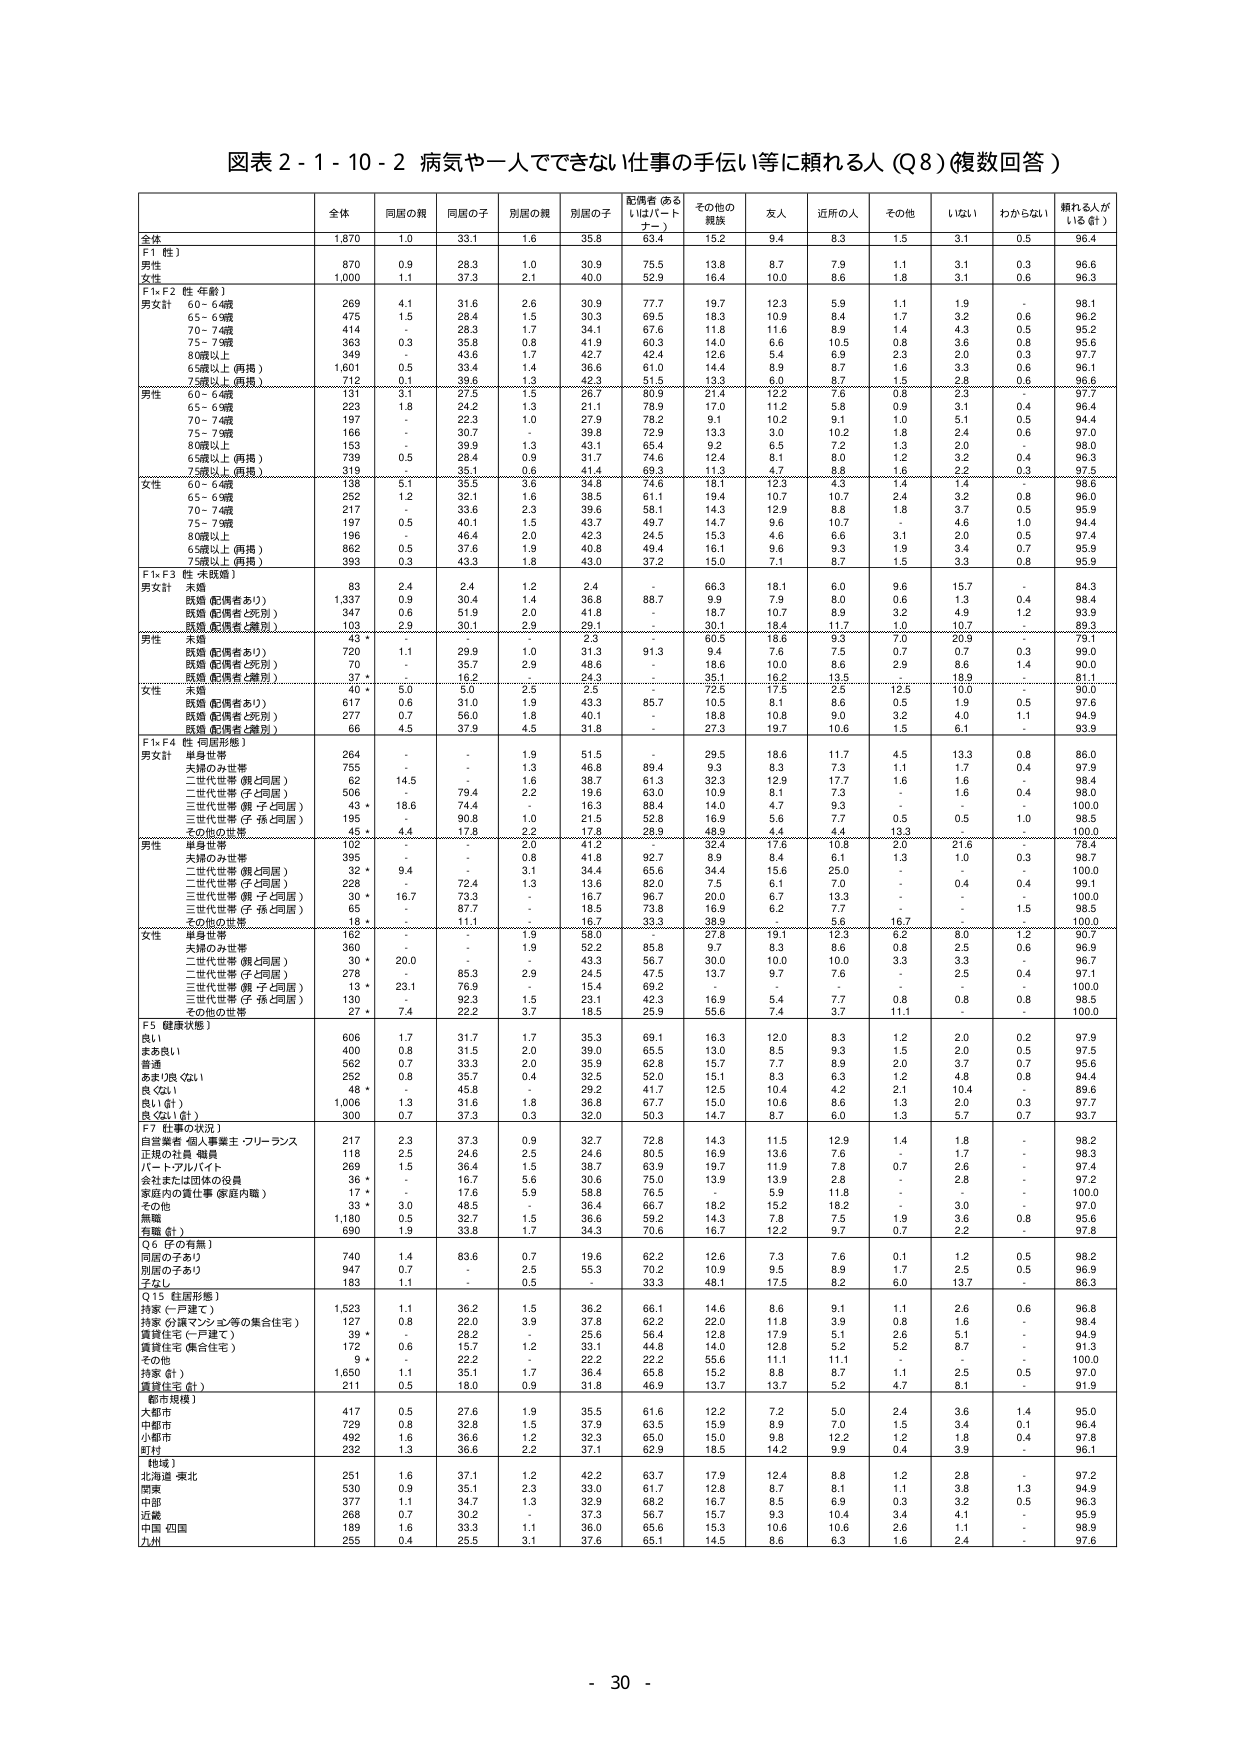
図表２-１-１０-２ 病気や一人でできない仕事の手伝い等に頼れる人（Ｑ８）（複数回答）

全体 同居の親 同居の子 別居の親 別居の子 配偶者（あるいはパートナー） その他の親族 友人 近所の人 その他 いない わからない 頼れる人がいる（合計）

全体 1,870 1.0 33.1 1.6 35.8 63.4 15.2 9.4 8.3 1.5 3.1 0.5 96.4

F1（性）
男性 870 0.9 28.3 1.0 30.9 75.5 13.8 8.7 7.9 1.1 3.1 0.3 96.6
女性 1,000 1.1 37.3 2.1 40.0 52.9 16.4 10.0 8.6 1.8 3.1 0.6 96.3

F1、F2（性・年齢）
男女性計
60～64歳 269 4.1 31.6 2.6 30.9 77.7 19.7 12.3 5.9 1.1 1.9 - 98.1
65～69歳 475 1.5 28.4 1.5 30.3 69.5 18.3 10.9 8.4 1.7 3.2 0.6 96.2
70～74歳 414 - 28.3 1.7 34.1 67.6 11.8 11.6 8.9 1.4 4.3 0.5 95.2
75～79歳 363 0.3 35.8 0.8 41.9 60.3 14.0 6.6 10.5 0.8 3.6 0.8 95.6
80歳以上 349 - 43.6 1.7 42.7 42.4 12.6 5.4 6.9 2.3 2.0 0.3 97.7
65歳以上（再掲） 1,601 0.5 33.4 1.4 36.6 61.0 14.4 8.9 8.7 1.6 3.3 0.6 96.1
75歳以上（再掲） 712 0.1 39.6 1.3 42.3 51.5 13.3 6.0 8.7 1.5 2.8 0.6 96.6

男性
60～64歳 121 3.1 27.5 1.5 26.7 80.9 21.4 12.2 7.6 0.8 2.3 - 97.7
65～69歳 223 1.8 24.2 1.3 21.1 78.9 17.0 11.2 5.8 0.9 3.1 0.4 96.4
70～74歳 197 - 22.3 1.0 27.9 78.2 9.1 10.2 9.1 1.0 5.1 0.5 94.4
75～79歳 166 - 30.7 - 39.8 72.9 13.3 3.0 10.2 1.8 2.4 0.6 97.0
80歳以上 153 - 39.9 1.3 43.1 65.4 9.2 7.2 1.3 2.0 - 98.0
65歳以上（再掲） 739 0.5 28.4 0.9 31.7 74.6 12.4 8.1 8.0 1.2 3.2 0.4 96.3
75歳以上（再掲） 319 - 35.1 0.6 41.4 69.3 11.3 4.7 8.8 1.6 2.2 0.3 97.5

女性
60～64歳 138 5.1 35.5 3.6 34.8 74.6 18.1 12.3 4.3 1.4 1.4 - 98.6
65～69歳 252 1.2 32.1 1.6 38.5 61.1 19.4 10.7 10.7 2.4 3.2 0.8 96.0
70～74歳 217 - 33.6 2.3 39.6 58.1 14.3 12.9 8.8 1.8 3.7 0.5 95.9
75～79歳 197 0.5 40.1 1.5 43.7 49.7 14.7 9.6 10.7 - 4.6 1.0 94.4
80歳以上 196 - 46.4 2.0 42.3 24.5 15.3 4.6 6.6 3.1 2.0 0.5 97.4
65歳以上（再掲） 862 0.5 37.6 1.9 40.8 49.4 16.1 9.6 9.3 1.9 3.4 0.7 95.9
75歳以上（再掲） 393 0.3 43.3 1.8 43.0 37.2 15.0 7.1 8.7 1.5 3.3 0.8 95.9

F1、F3（性・未就婚）
男女性計
未婚 83 2.4 2.4 1.2 2.4 - 66.3 18.1 6.0 9.6 15.7 - 84.3
既婚（配偶者あり） 1,337 0.9 30.4 1.4 36.8 88.7 9.9 7.9 8.0 0.6 1.3 0.4 98.4
既婚（配偶者と死別） 347 0.6 51.9 2.0 41.8 - 18.7 10.7 8.9 3.2 4.9 1.2 93.9
既婚（配偶者と離別） 103 2.9 30.1 2.9 29.1 - 30.1 18.4 11.7 1.0 10.7 - 89.3

男性
未婚 43 * - - - 2.3 - 60.5 18.6 9.3 7.0 20.9 - 79.1
既婚（配偶者あり） 720 1.1 29.9 1.0 31.3 91.3 9.4 7.5 7.5 0.7 0.7 0.3 99.0
既婚（配偶者と死別） 70 - 35.7 2.9 48.6 - 18.6 10.0 8.6 2.9 8.6 1.4 90.0
既婚（配偶者と離別） 37 * - 16.2 - 24.3 - 35.1 16.2 13.5 - 18.9 - 81.1

女性
未婚 40 * 5.0 5.0 2.5 2.5 - 72.5 17.5 2.5 12.5 10.0 - 90.0
既婚（配偶者あり） 617 0.6 31.0 1.9 43.3 85.7 10.5 8.1 8.6 0.5 1.9 0.5 97.6
既婚（配偶者と死別） 277 0.7 56.0 1.8 40.1 - 19.8 10.8 9.0 3.2 4.0 1.1 94.9
既婚（配偶者と離別） 66 4.5 37.9 4.5 31.8 - 27.3 19.7 10.6 1.5 6.1 - 93.9

F1、F4（性・同居形態）
男女性計
単身世帯 264 - - 1.9 51.5 - 29.5 18.6 11.7 4.5 13.3 0.8 86.0
夫婦のみ世帯 755 - - 1.3 46.8 89.4 9.3 8.3 7.3 1.1 1.7 0.4 97.9
二世代世帯（親と同居） 62 14.5 - 1.6 38.7 61.3 32.3 12.9 17.7 1.6 1.6 - 98.4
二世代世帯（子と同居） 506 - 79.4 2.2 19.6 63.0 10.9 8.1 7.3 - 1.6 0.4 98.0
三世代世帯（親・子と同居） 43 * 18.6 74.4 - 16.3 88.4 14.0 4.7 9.3 - - - 100.0
三世代世帯（子・孫と同居） 195 - 90.8 1.0 21.5 52.8 16.9 5.6 7.7 0.5 0.5 1.0 98.5
その他の世帯 45 * 4.4 17.8 2.2 17.8 28.9 48.9 4.4 4.4 13.3 - - 100.0

男性
単身世帯 102 - - 2.0 41.2 - 32.4 17.6 10.8 2.0 21.6 - 78.4
夫婦のみ世帯 395 - - 0.8 41.8 92.7 8.9 8.4 6.1 1.3 1.0 0.3 98.7
二世代世帯（親と同居） 32 * 9.4 - 3.1 34.4 65.6 34.4 15.6 25.0 - - - 100.0
二世代世帯（子と同居） 228 - 72.4 1.3 13.6 82.0 7.5 6.1 7.0 - 0.4 0.4 99.1
三世代世帯（親・子と同居） 30 * 16.7 73.3 - 16.7 96.7 20.0 6.7 13.3 - - - 100.0
三世代世帯（子・孫と同居） 65 - 87.7 - 18.5 73.8 16.9 6.2 7.7 - - 1.5 98.5
その他の世帯 18 * - 11.1 - 15.7 33.3 38.9 - 5.6 16.7 - - 100.0

女性
単身世帯 162 - - 1.9 58.0 - 27.8 19.1 12.3 6.2 8.0 1.2 90.7
夫婦のみ世帯 360 - - 1.9 52.2 85.8 9.7 8.3 8.6 0.8 2.5 0.6 96.9
二世代世帯（親と同居） 30 * 20.0 - - 43.3 56.7 30.0 10.0 10.0 3.3 3.3 - 96.7
二世代世帯（子と同居） 278 - 85.3 2.9 24.5 47.5 13.7 9.7 7.6 - 2.5 0.4 97.1
三世代世帯（親・子と同居） 13 * 23.1 76.9 - 15.4 69.2 - - - - - - 100.0
三世代世帯（子・孫と同居） 130 - 92.3 1.5 23.1 42.3 16.9 5.4 7.7 0.8 0.8 0.8 98.5
その他の世帯 27 * 7.4 22.2 3.7 18.5 25.9 55.6 7.4 3.7 11.1 - - 100.0

F5（健康状態）
良い 606 1.7 31.7 1.7 35.3 69.1 16.3 12.0 8.3 1.2 2.0 0.2 97.9
まあ良い 400 0.8 31.5 2.0 39.0 65.5 13.0 8.5 9.3 1.5 2.0 0.5 97.5
普通 552 0.7 33.3 2.0 35.9 62.8 15.7 7.7 8.9 2.0 3.7 0.7 95.6
あまり良くない 252 0.8 35.7 0.4 32.5 52.0 15.1 8.3 6.3 1.2 4.8 0.8 94.4
良くない 48 * - 45.8 - 29.2 41.7 12.5 10.4 4.2 2.1 10.4 - 89.6
良い（合計） 1,006 1.3 31.6 1.8 36.8 67.7 15.0 10.6 8.6 1.3 2.0 0.3 97.7
良くない（合計） 300 0.7 37.3 0.3 32.0 50.3 14.7 8.7 6.0 1.3 5.7 0.7 93.7

F7（仕事の状況）
自営業者・個人事業主・フリーランス 217 2.3 37.3 0.9 32.7 72.8 14.3 11.5 12.9 1.4 1.8 - 98.2
正規の社員・職員 118 2.5 24.6 2.5 24.6 80.5 16.9 13.6 7.6 - 1.7 - 98.3
パート・アルバイト 269 1.5 36.4 1.5 38.7 63.9 19.7 11.9 7.8 0.7 2.6 - 97.4
会社または団体の役員 36 * - 16.7 5.6 30.6 75.0 13.9 13.9 2.8 - 2.8 - 97.2
家庭内の責任事（家庭内職） 17 * - 17.6 5.9 58.8 76.5 - 5.9 11.8 - - - 100.0
その他 33 * 3.0 48.5 - 36.4 66.7 18.2 15.2 18.2 - 3.0 - 97.0
無職 1,180 0.5 32.7 1.5 36.6 59.2 14.3 7.8 7.5 1.9 3.6 0.8 95.6
有職（合計） 690 1.9 33.8 1.7 34.3 70.6 16.7 12.2 9.7 0.7 2.2 - 97.8

Q6（子の有無）
同居の子あり 740 1.4 83.6 0.7 19.6 62.2 12.6 7.3 7.6 0.1 1.2 0.5 98.2
別居の子あり 947 0.7 - 2.5 55.3 70.2 10.9 9.5 8.9 1.7 2.5 0.5 96.9
子なし 183 1.1 - 0.5 - 33.3 48.1 17.5 8.2 6.0 13.7 - 86.3

Q15（住居形態）
持家（一戸建て） 1,523 1.1 36.2 1.5 36.2 66.1 14.6 8.6 9.1 1.1 2.6 0.6 96.8
持家（分譲マンション等の集合住宅） 127 0.8 22.0 3.9 37.8 62.2 22.0 11.8 3.9 0.8 1.6 - 98.4
賃貸住宅（一戸建て） 39 * - 28.2 - 25.6 56.4 12.8 17.9 5.1 2.6 5.1 - 94.9
賃貸住宅（集合住宅） 172 0.6 15.7 1.2 33.1 44.8 14.0 12.8 5.2 5.2 8.7 - 91.3
その他 9 * - 22.2 - 22.2 22.2 55.6 11.1 11.1 - - - 100.0
持家（合計） 1,650 1.1 35.1 1.7 36.4 65.8 15.2 8.8 8.7 1.1 2.5 0.5 97.0
賃貸住宅（合計） 211 0.5 18.0 0.9 31.8 46.9 13.7 13.7 5.2 4.7 8.1 - 91.9

都市規模
大都市 417 0.5 27.6 1.9 35.5 61.6 12.2 7.2 5.0 2.4 3.6 1.4 95.0
中都市 729 0.8 32.8 1.5 37.9 63.5 15.9 8.9 7.0 1.5 3.4 0.1 96.4
小都市 492 1.6 36.6 1.2 32.3 65.0 15.0 9.8 12.2 1.2 1.8 0.4 97.8
町村 292 1.3 36.6 2.2 37.1 62.9 18.5 14.2 9.9 0.4 0.9 - 96.1

地域
北海道・東北 251 1.6 37.1 1.2 42.2 63.7 17.9 12.4 8.8 1.2 2.8 - 97.2
関東 530 0.9 35.1 2.3 33.0 61.7 12.8 8.7 8.1 1.1 3.8 1.3 94.9
中部 377 1.1 34.7 1.3 32.9 68.2 16.7 8.5 6.9 0.3 3.2 0.5 96.3
近畿 268 0.7 30.2 - 37.3 56.7 15.7 9.3 10.4 3.4 4.1 - 95.9
中国・四国 189 1.6 33.3 1.1 36.0 65.6 15.3 10.6 10.6 2.6 1.1 - 98.9
九州 255 0.4 25.5 3.1 37.6 65.1 14.5 8.6 6.3 1.6 2.4 - 97.6

- 30 -